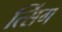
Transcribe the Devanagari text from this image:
त्सिंग